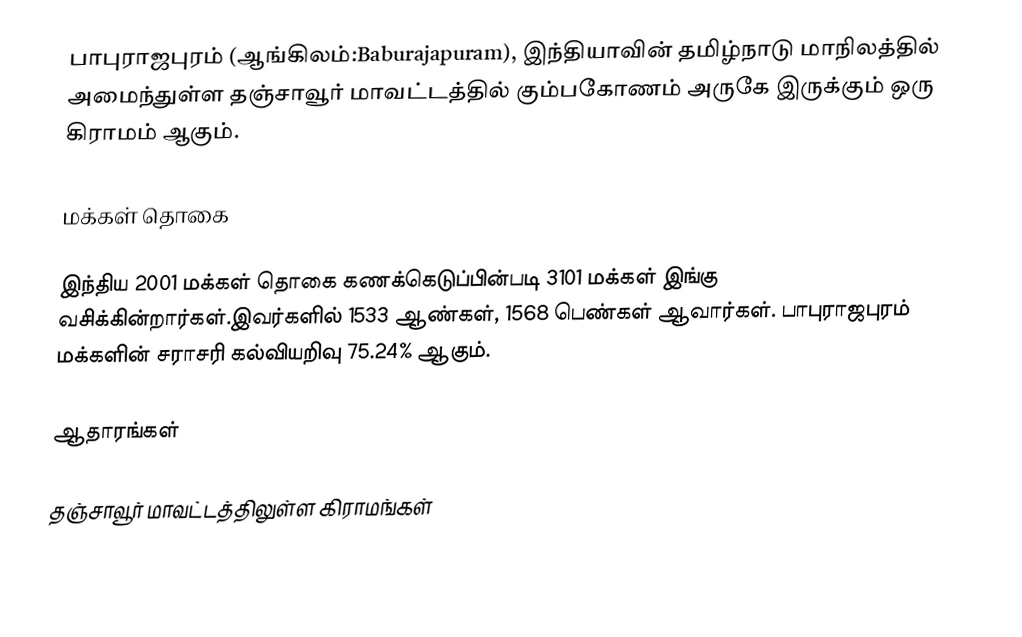
பாபுராஜபுரம் (ஆங்கிலம்:Baburajapuram), இந்தியாவின் தமிழ்நாடு மாநிலத்தில் அமைந்துள்ள தஞ்சாவூர் மாவட்டத்தில் கும்பகோணம் அருகே இருக்கும் ஒரு கிராமம் ஆகும்.

மக்கள் தொகை

இந்திய 2001 மக்கள் தொகை கணக்கெடுப்பின்படி 3101 மக்கள் இங்கு வசிக்கின்றார்கள்.இவர்களில் 1533 ஆண்கள், 1568 பெண்கள் ஆவார்கள். பாபுராஜபுரம் மக்களின் சராசரி கல்வியறிவு 75.24% ஆகும்.

ஆதாரங்கள்

தஞ்சாவூர் மாவட்டத்திலுள்ள கிராமங்கள்